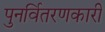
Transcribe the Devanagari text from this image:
पुनर्वितरणकारी